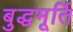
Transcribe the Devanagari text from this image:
बुद्धमूर्ति